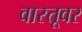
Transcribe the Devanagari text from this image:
वास्तूवर